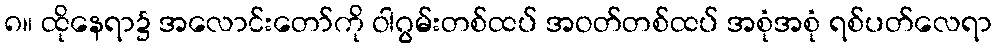
၈။ ထိုနေရာ၌ အလောင်းတော်ကို ဝါဂွမ်းတစ်ထပ် အဝတ်တစ်ထပ် အစုံအစုံ ရစ်ပတ်လေရာ